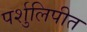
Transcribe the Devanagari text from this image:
पर्शुलिपीत